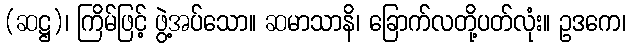
(ဆဋ္ဌ)၊ ကြိမ်ဖြင့် ဖွဲ့အပ်သော။ ဆမာသာနိ၊ ခြောက်လတို့ပတ်လုံး။ ဥဒကေ၊